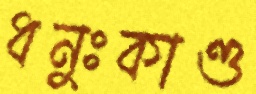
ধনুঃকাণ্ড